Lunatic asylums in Bengal annual reports 1912-1924 - 1912-1924
Year: 1912
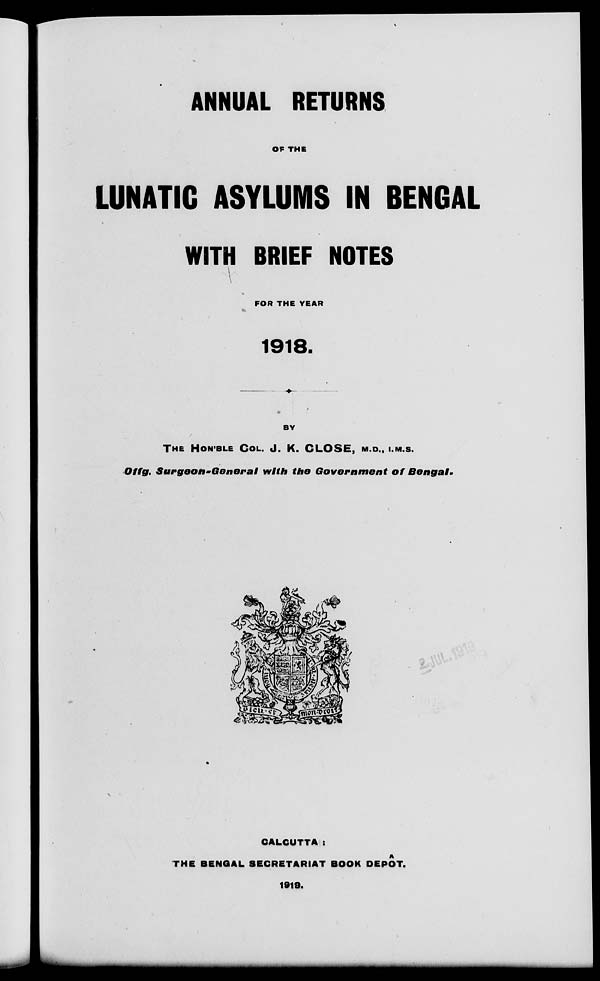
ANNUAL RETURNS
OF THE
LUNATIC ASYLUMS IN BENGAL
WITH BRIEF NOTES
FOR THE YEAR
1918.
BY
THE HON'BLE COL. J. K. CLOSE, M.D.,I.M.S.
Offg. Surgeon-General
with the Government of Bengal.
CALCUTTA :
THE BENGAL SECRETARIAT BOOK DEPOT.
1919.